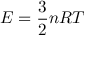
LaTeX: E = { \frac { 3 } { 2 } } n R T